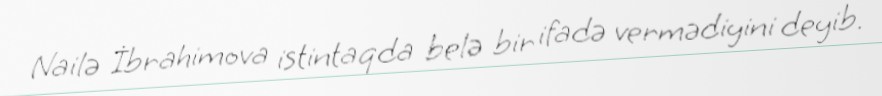
Nailə İbrahimova istintaqda belə bir ifadə vermədiyini deyib.